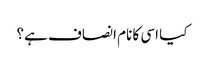
کیا اسی کا نام انصاف ہے؟